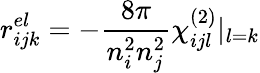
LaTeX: r_{ijk}^{el}=-\frac{8\pi}{n_{i}^{2}n_{j}^{2}}\chi_{ijl}^{(2)}|_{l=k}